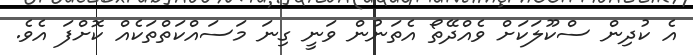
އެ ކުދިން ސްކޫލަކަށް ވެއްދޭތޯ އެތަނުން ވަނީ ގިނަ މަސައްކަތްތަކެއް ކޮށްފަ އެވެ.